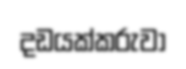
දඩයක්කරුවා